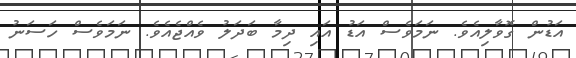
އަޑުން ގޮވާލިއެވެ. ނަމަވެސް އަޑު އައި ދިމާ ބަދަލު ވެއްޖެއެވެ. ނަމަވެސް ހަސަނު